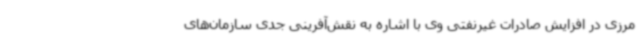
مرزی در افزایش صادرات غیرنفتی وی با اشاره به نقش‌آفرینی جدی سازمان‌های